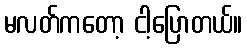
မလတ်ကတော့ ငါ့ပြောတယ်။